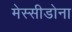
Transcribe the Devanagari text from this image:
मेस्सीडोना